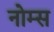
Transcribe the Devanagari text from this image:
नोम्स